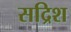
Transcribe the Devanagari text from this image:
सद्रिश